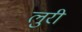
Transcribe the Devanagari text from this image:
लुरी